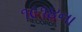
૧૯૧૪ના